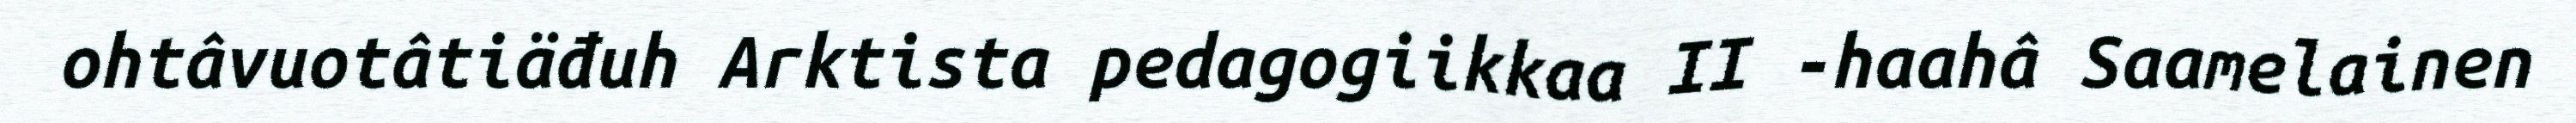
ohtâvuotâtiäđuh Arktista pedagogiikkaa II -haahâ Saamelainen